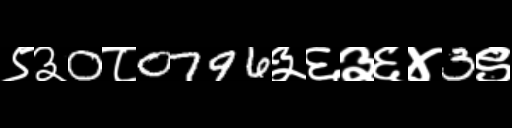
Text: ९३0८0796३६३६४3९